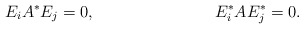
\begin{align*} E_i A^* E_j &= 0, & E^*_i A E^*_j &= 0.\end{align*}